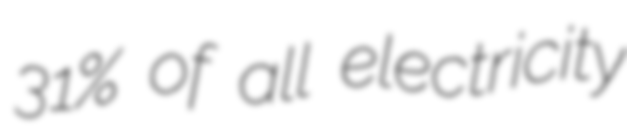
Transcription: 31% of all electricity